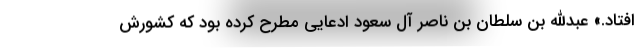
افتاد.» عبدالله بن سلطان بن ناصر آل سعود ادعایی مطرح کرده بود که کشورش